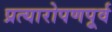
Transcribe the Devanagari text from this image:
प्रत्यारोपणपूर्व